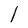
Character: l